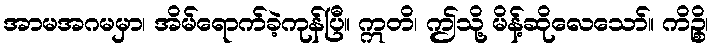
အာမအဂမမှာ၊ အိမ်ရောက်ခဲ့ကုန်ပြီ။ ဣတိ၊ ဤသို့ မိန့်ဆိုလေသော်။ ကိဉ္စိ၊